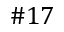
\# 1 7